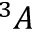
^ 3 A